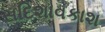
સદિશાવકાશ